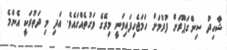
ޝާހިދު ސިންގަޕޫރަށް ފުރުމަށް ހަމަޖެހިފައިވަނީ މިރޭގެ ވަގުތެއްގައެވެ. އަދި މި ދަތުރަކީ އެންމެ